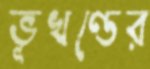
ভূখণ্ডের